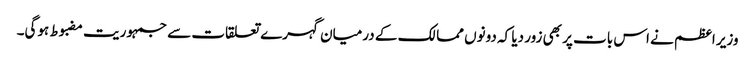
وزیر اعظم نے اس بات پر بھی زور دیا کہ دونوں ممالک کے درمیان گہرے تعلقات سے جمہوریت مضبوط ہوگی۔